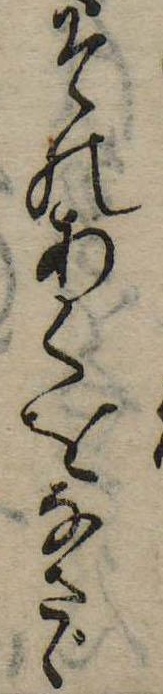
そのあくをなさゞ